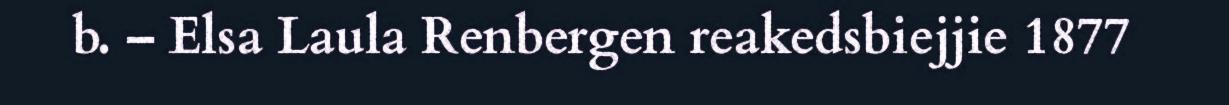
b. – Elsa Laula Renbergen reakedsbiejjie 1877